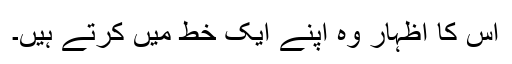
اس کا اظہار وہ اپنے ایک خط میں کرتے ہیں۔